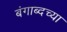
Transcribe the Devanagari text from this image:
बंगाब्दच्या